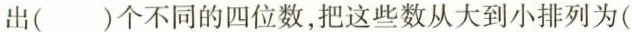
出（）个不同的四位数，把这些数从大到小排列为(